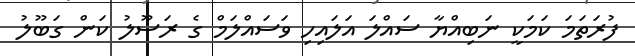
ފުރަތަމަ ކަމަކީ ނަބިއްޔާ ސައްލަ އަލައިހި ވަސައްލަމް ގެ ރަސޫލު ކަން ގަބޫލު